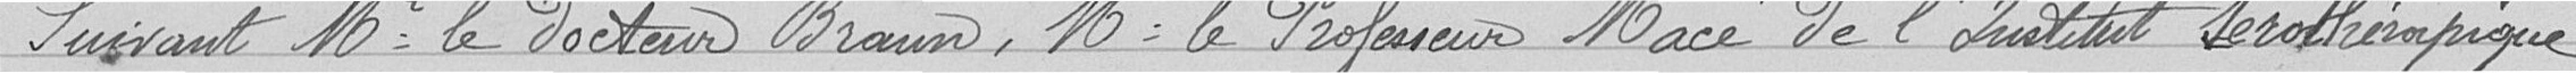
Suivant monsieur le docteur Braun, monsieur le Professeur Macé de l'Institut Sérothérapique